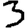
Digit: 3